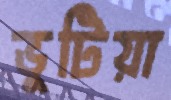
ভুটিয়া